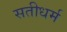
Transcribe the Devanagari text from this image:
सतीधर्म